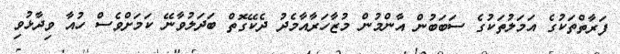
ފަރާތްތަކުގެ އަމަލުތަކުގެ ސަބަބުން އާންމުން މުޒާހަރާއާމެދު ދެކޭގޮތް ބަދަލުވާނޭ ކަމަށްވެސް ހުއާ ވިދާޅުވި